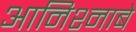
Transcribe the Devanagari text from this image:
आनिश्नाबे